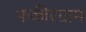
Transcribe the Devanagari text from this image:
फकीरग्राम